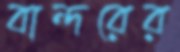
বান্দরের